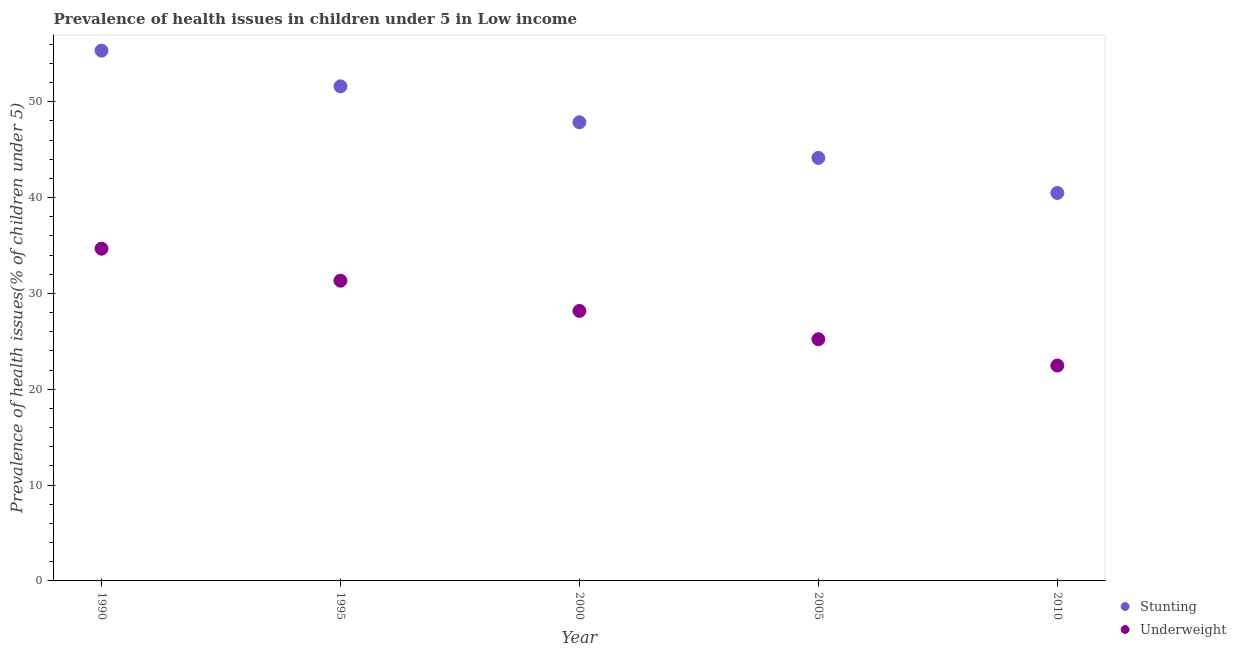
| Year | Stunting | Underweight |
 | --- | --- | --- |
 | 1990 | 55.3 | 34.7 |
 | 1995 | 51.6 | 31.3 |
 | 2000 | 47.9 | 28.2 |
 | 2005 | 44.1 | 25.2 |
 | 2010 | 40.5 | 22.5 |